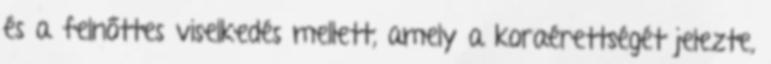
és a felnőttes viselkedés mellett, amely a koraérettségét jelezte,